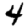
Digit: 4